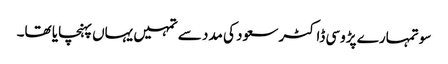
سو تمہارے پڑوسی ڈاکٹر سعود کی مدد سے تمہیں یہاں پہنچایا تھا۔